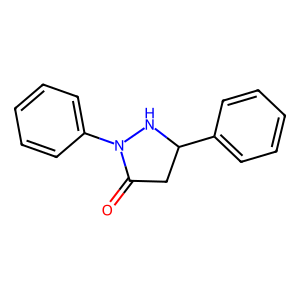
SMILES: O=C1CC(c2ccccc2)NN1c1ccccc1
Inhibits HIV replication: No